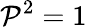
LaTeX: \mathcal{P}^{2}=1